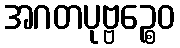
အဂတပုဗ္ဗဉ္စေဝ